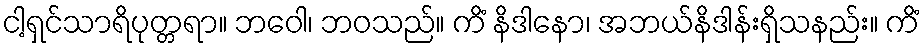
ငါ့ရှင်သာရိပုတ္တရာ။ ဘဝေါ၊ ဘဝသည်။ ကိံ နိဒါနော၊ အဘယ်နိဒါန်းရှိသနည်း။ ကိံ